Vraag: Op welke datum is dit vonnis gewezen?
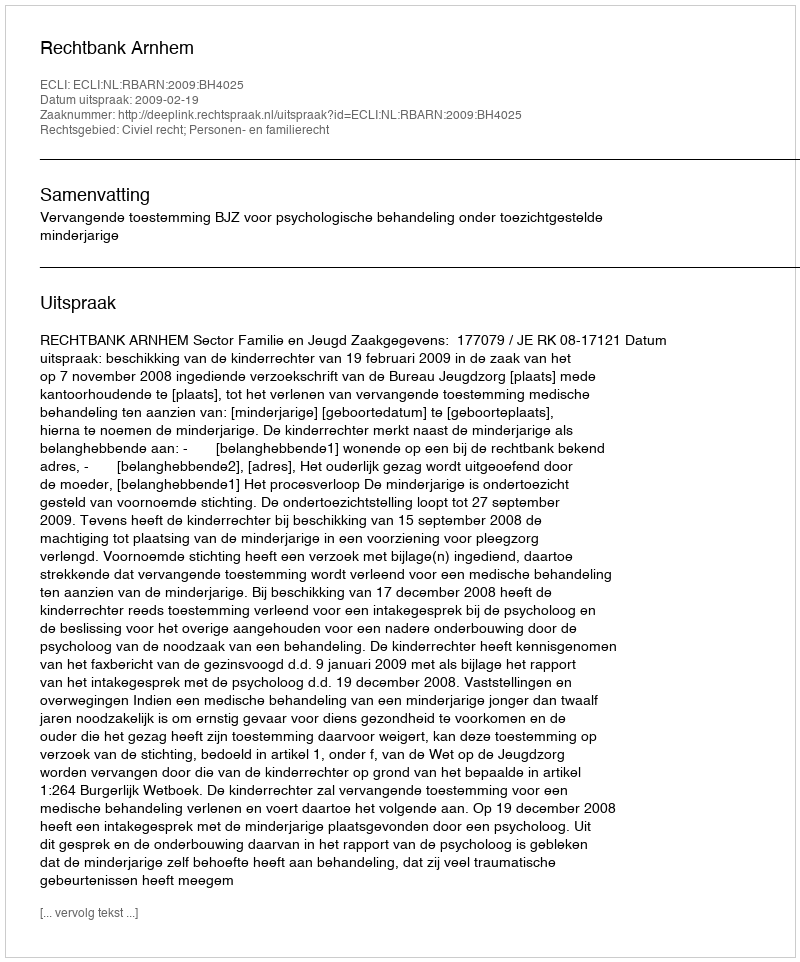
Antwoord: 2009-02-19